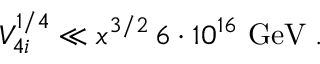
V _ { 4 i } ^ { 1 / 4 } \ll x ^ { 3 / 2 } \, 6 \cdot 1 0 ^ { 1 6 } \mathrm { ~ G e V } \; .